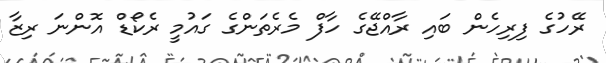
ރޭހުގެ ފިރިހެން ބައި ރާއްޖޭގެ ހާފް މެރެތަންގެ ގައުމީ ރެކޯޑް އޮންނަ ރިޒާ